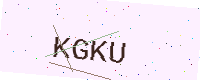
Text: KGKU